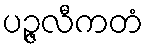
ပဉ္ဇလီကတံ